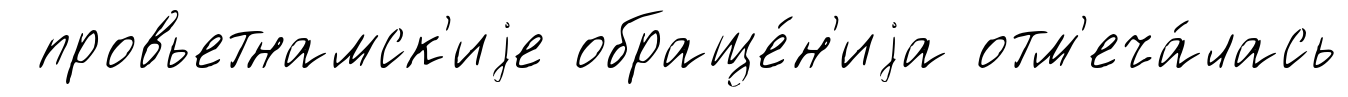
провьетнамск'иjе обраще́н'иjа отм'еча́лась